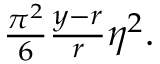
\begin{array} { r } { \frac { \pi ^ { 2 } } { 6 } \frac { y - r } { r } \eta ^ { 2 } . } \end{array}